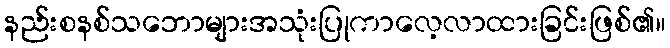
နည်းစနစ်သဘောများအသုံးပြုကာလေ့လာထားခြင်းဖြစ်၏။